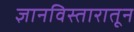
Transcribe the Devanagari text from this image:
ज्ञानविस्तारातून